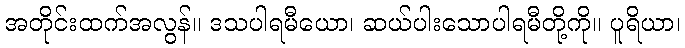
အတိုင်းထက်အလွန်။ ဒသပါရမီယော၊ ဆယ်ပါးသောပါရမီတို့ကို။ ပူရိယာ၊